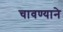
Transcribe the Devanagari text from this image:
चावण्याने